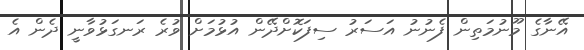
އޭނާގެ މޫނުމަތިން ފެނުނު އަސަރު ސިފަކޮށްދޭން އުޅުމަށް ވުރެ ރަނގަޅުވާނީ ދެން އެ